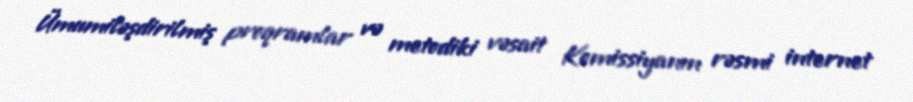
Ümumiləşdirilmiş proqramlar və metodiki vəsait Komissiyanın rəsmi internet